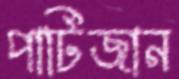
পার্টিজান